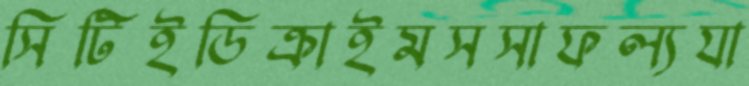
সিটিইডিক্রাইমসসাফল্যযা